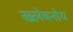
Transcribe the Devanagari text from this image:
ख्लेबनोय